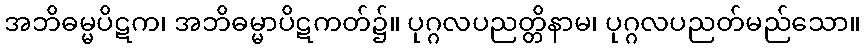
အဘိဓမ္မပိဋက၊ အဘိဓမ္မာပိဋကတ်၌။ ပုဂ္ဂလပညတ္တိနာမ၊ ပုဂ္ဂလပညတ်မည်သော။